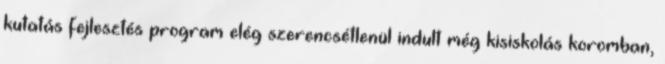
kutatás fejlesztés program elég szerencsétlenül indult még kisiskolás koromban,